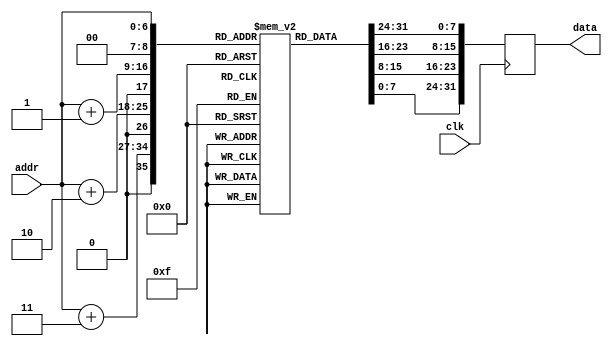
module instructionmemory(output [31:0] data,input [6:0] addr,input clk);
reg [31:0] data;
reg [7:0] memdata [511:0];

initial 
	begin
	memdata[0]  = 8'b10001101;			//load
	memdata[1]  = 8'b10100001;
	memdata[2]  = 8'b00000000;
	memdata[3]  = 8'b00000000;
	
	memdata[4]  = 8'b10001101;			//load
	memdata[5]  = 8'b10100010;
	memdata[6]  = 8'b00000000;
	memdata[7]  = 8'b00000001;
	
	memdata[8]  = 8'b00000000;			//add
	memdata[9]  = 8'b00100010;
	memdata[10] = 8'b00011000;
	memdata[11] = 8'b00100000;
	
	memdata[12] = 8'b10001101;			//load
	memdata[13] = 8'b10100100;
	memdata[14] = 8'b00000000;
	memdata[15] = 8'b00000010;
	
	memdata[16] = 8'b00000000;			//sub
	memdata[17] = 8'b01100100;
	memdata[18] = 8'b00101000;
	memdata[19] = 8'b00100010;
	
	memdata[20] = 8'b10001101;			//load
	memdata[21] = 8'b10100110;
	memdata[22] = 8'b00000000;
	memdata[23] = 8'b00000011;
	
	memdata[24] = 8'b00000000;			//or
	memdata[25] = 8'b10100110;
	memdata[26] = 8'b00111000;
	memdata[27] = 8'b00100101;
	
	memdata[28] = 8'b10001101;			//load
	memdata[29] = 8'b10101000;
	memdata[30] = 8'b00000000;
	memdata[31] = 8'b00000100;
	
	memdata[32] = 8'b00000000;			//and
	memdata[33] = 8'b11101000;
	memdata[34] = 8'b01001000;
	memdata[35] = 8'b00100100;

	memdata[36] = 8'b10101101;          //store
	memdata[37] = 8'b10101001;
	memdata[38] = 8'b00000000;
	memdata[39] = 8'b00000111;

	memdata[40] = 8'b00010001;         //branch
	memdata[41] = 8'b10101101;
	memdata[42] = 8'b11111111;
	memdata[43] = 8'b11111000;

	end

always @(negedge clk)
	begin
		data = { memdata[addr] , memdata[addr+1] , memdata[addr+2] , memdata[addr+3] };
	end
endmodule